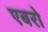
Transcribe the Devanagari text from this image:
एबरो